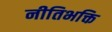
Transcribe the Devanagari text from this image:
नीतिभक्ति